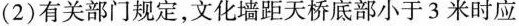
(2)有关部门规定，文化墙距天桥底部小于3米时应